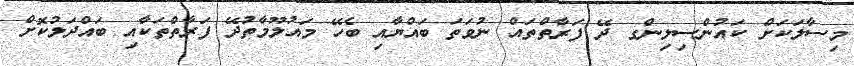
މިސާލަކަށް ކައުންސިލިންގ ދޭ ފަރާތްތައް ނުވަތަ ބައްޔާއި ބެހޭ މައުލޫމާތުދޭ ފަރާތްތަކާއި ބައްދަލުކޮށް